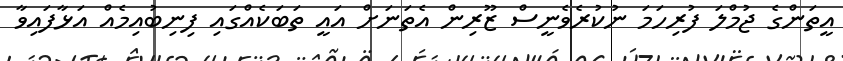
އީތަންގެ ޖުމްލަ ފުރިހަމަ ނުކުރެވެނީސް ޒޫރިން އެތަނަށް އައީ ތަބަކެއްގައި ފިނިބުއިމެއް އަޅާފައިވާ